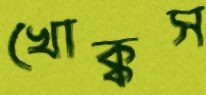
খোক্কস